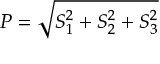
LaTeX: P = { \sqrt { S _ { 1 } ^ { 2 } + S _ { 2 } ^ { 2 } + S _ { 3 } ^ { 2 } } }